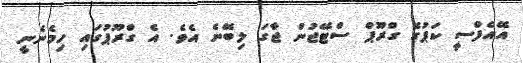
އޭއެފްސީ ކަޕުގެ ގްރޫޕް ސްޓޭޖުން ޖާގަ ލިބޭނެ އެވެ. އެ ގްރޫޕުގައި ހިމެނެނީ